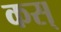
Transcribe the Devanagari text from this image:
कस्